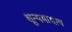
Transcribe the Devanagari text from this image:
शून्यमादाय